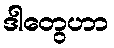
ဒါတွေဟာ